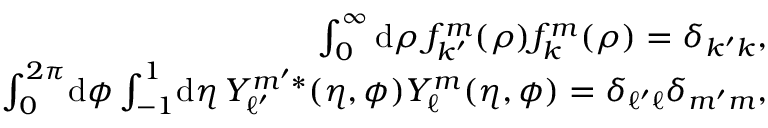
\begin{array} { r } { \int _ { 0 } ^ { \infty } \mathrm { d } \rho \, f _ { k ^ { \prime } } ^ { m } ( \rho ) f _ { k } ^ { m } ( \rho ) = \delta _ { k ^ { \prime } k } , } \\ { \int _ { 0 } ^ { 2 \pi } \! \mathrm { d } \phi \int _ { - 1 } ^ { 1 } \! \mathrm { d } \eta \, Y _ { \ell ^ { \prime } } ^ { m ^ { \prime } * } ( \eta , \phi ) Y _ { \ell } ^ { m } ( \eta , \phi ) = \delta _ { \ell ^ { \prime } \ell } \delta _ { m ^ { \prime } m } , } \end{array}